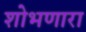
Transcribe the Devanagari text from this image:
शोभणारा